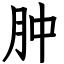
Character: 肿